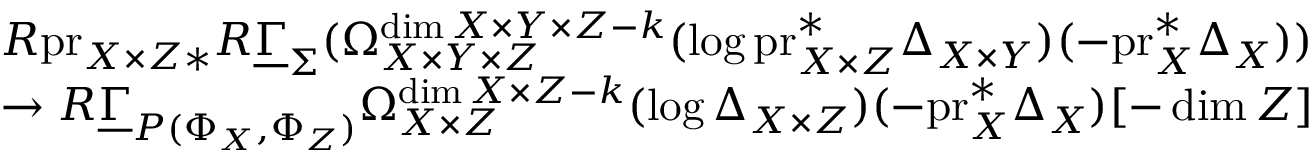
\begin{array} { r l } & { R \mathrm { p r } _ { X \times Z * } R \underline { { \Gamma } } _ { \Sigma } ( \Omega _ { X \times Y \times Z } ^ { \dim X \times Y \times Z - k } ( \log \mathrm { p r } _ { X \times Z } ^ { * } \Delta _ { X \times Y } ) ( - \mathrm { p r } _ { X } ^ { * } \Delta _ { X } ) ) } \\ & { \to R \underline { { \Gamma } } _ { P ( \Phi _ { X } , \Phi _ { Z } ) } \Omega _ { X \times Z } ^ { \dim X \times Z - k } ( \log \Delta _ { X \times Z } ) ( - \mathrm { p r } _ { X } ^ { * } \Delta _ { X } ) [ - \dim Z ] } \end{array}